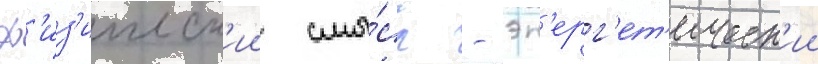
ф'из'ическ'ии смы́сл - эн'ерг'ет'ическ'ии